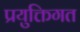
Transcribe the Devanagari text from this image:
प्रयुक्तिगत